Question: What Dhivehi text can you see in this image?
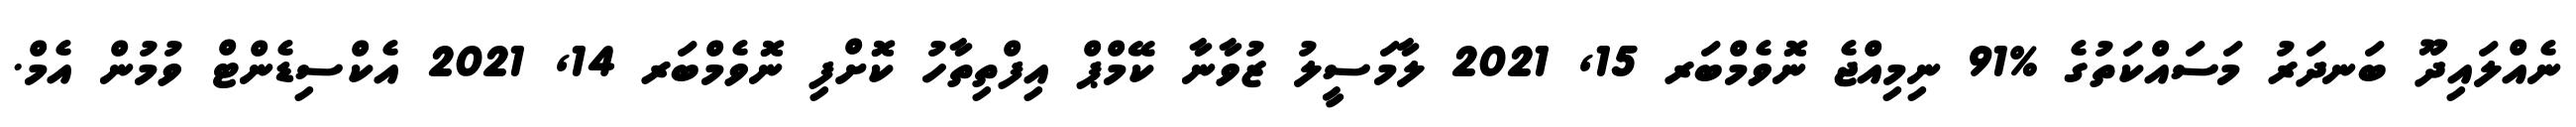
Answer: ނެއްލައިދޫ ބަނދަރު މަސައްކަތުގެ %91 ނިމިއްޖެ ނޮވެމްބަރ 15, 2021 ލާމަސީލު ޒުވާނާ ކޭމްޕް އިފްތިތާހު ކޮށްފި ނޮވެމްބަރ 14, 2021 އެކްސިޑެންޓް ވުމުން އެމް.